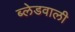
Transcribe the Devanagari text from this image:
ब्लेडवाली